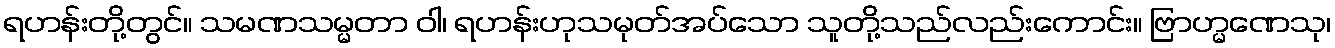
ရဟန်းတို့တွင်။ သမဏသမ္မတာ ဝါ၊ ရဟန်းဟုသမုတ်အပ်သော သူတို့သည်လည်းကောင်း။ ဗြာဟ္မဏေသု၊